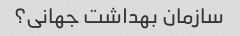
سازمان بهداشت جهانی؟